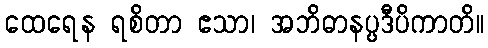
ထေရေန ရစိတာ ဧသာ၊ အဘိဓာနပ္ပဒီပိကာတိ။